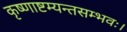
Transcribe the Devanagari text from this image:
कृष्णाष्टम्यन्तसम्भवः।